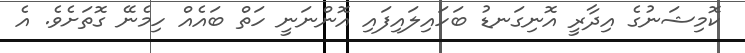
ކޮމިޝަނުގެ އިދާރީ އޮނިގަނޑު ބަހައިލައިފައި އޮންނަނީ ހަތް ބައެއް ހިމެނޭ ގޮތަށެވެ. އެ